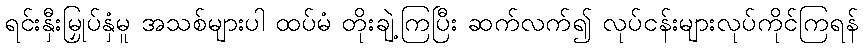
ရင်းနှီးမြှုပ်နှံမူ အသစ်များပါ ထပ်မံ တိုးချဲ့ကြပြီး ဆက်လက်၍ လုပ်ငန်းများလုပ်ကိုင်ကြရန်